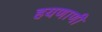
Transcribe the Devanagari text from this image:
हयणाणी